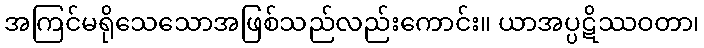
အကြင်မရိုသေသောအဖြစ်သည်လည်းကောင်း။ ယာအပ္ပဋိဿဝတာ၊